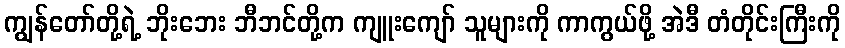
ကျွန်တော်တို့ရဲ့ ဘိုးဘေး ဘီဘင်တို့က ကျူးကျော် သူများကို ကာကွယ်ဖို့ အဲဒီ တံတိုင်းကြီးကို